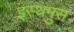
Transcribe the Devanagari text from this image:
इस्थमुस